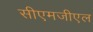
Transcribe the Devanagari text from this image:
सीएमजीएल